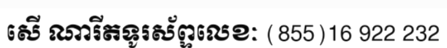
សើ ណារីតទូរស័ព្ទលេខៈ (855)16 922 232